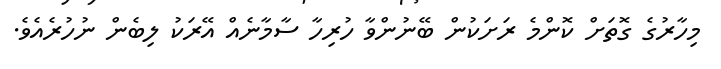
މިހާރުގެ ގޮތަށް ކޮންމެ ރަށަކުން ބޭނުންވާ ހުރިހާ ސާމާނެއް އޭރަކު ލިބެން ނުހުރެއެވެ.